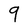
Character: 9